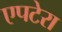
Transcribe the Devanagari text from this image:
एपटेरा